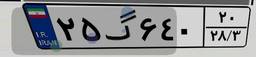
۲۵گ۶۴۰۲۰